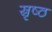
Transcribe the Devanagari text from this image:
स्रृष्ठ